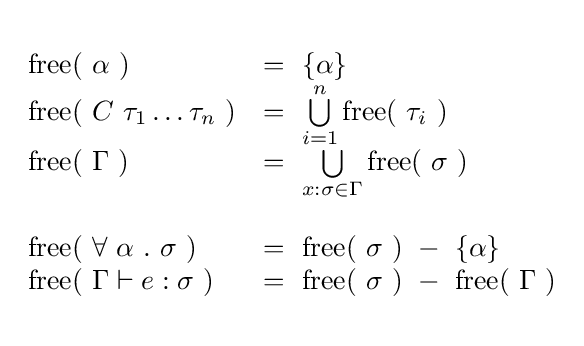
{\begin{array}{ll}\\{\text{free}}(\ \alpha \ )&=\ \left\{\alpha \right\}\\{\text{free}}(\ C\ \tau _{1}\dots \tau _{n}\ )&=\ \bigcup \limits _{i=1}^{n}{{\text{free}}(\ \tau _{i}\ )}\\{\text{free}}(\ \Gamma \ )&=\ \bigcup \limits _{x:\sigma \in \Gamma }{\text{free}}(\ \sigma \ )\\\\{\text{free}}(\ \forall \ \alpha \ .\ \sigma \ )&=\ {\text{free}}(\ \sigma \ )\ -\ \left\{\alpha \right\}\\{\text{free}}(\ \Gamma \vdash e:\sigma \ )&=\ {\text{free}}(\ \sigma \ )\ -\ {\text{free}}(\ \Gamma \ )\\\\\end{array}}